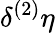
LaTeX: \delta^{(2)}\eta